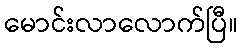
မောင်းလာလောက်ပြီ။